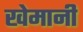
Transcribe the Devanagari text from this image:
खेमानी